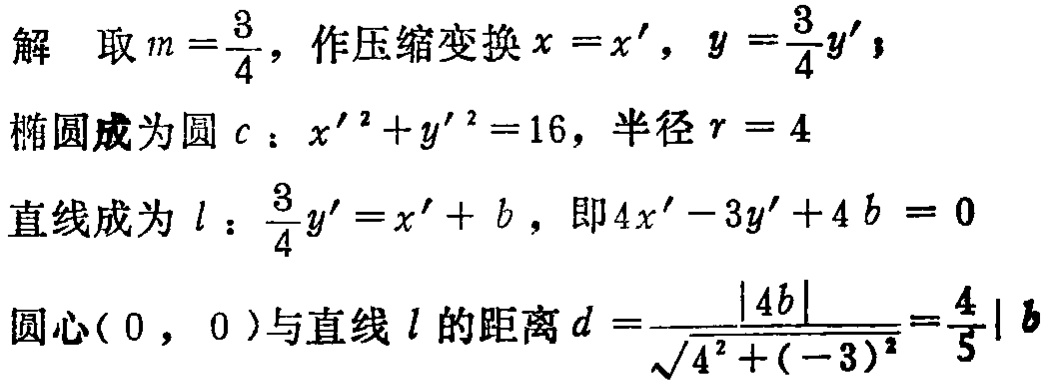
解 取 \(m = \frac{3}{4}\)，作压缩变换 \(x = x'\)，\(y = \frac{3}{4}y'\)，
椭圆成为圆 \(c\)：\(x'^{2}+y'^{2}=16\)，半径 \(r = 4\)
直线成为 \(l\)：\(\frac{3}{4}y' = x' + b\)，即 \(4x' - 3y' + 4b = 0\)
圆心\((0, 0)\)与直线 \(l\) 的距离 \(d = \frac{|4b|}{\sqrt{4^{2}+(-3)^{2}}}=\frac{4}{5}|b|\)